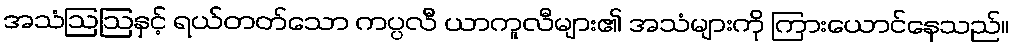
အသံဩဩနှင့် ရယ်တတ်သော ကပ္ပလီ ယာကူလီများ၏ အသံများကို ကြားယောင်နေသည်။